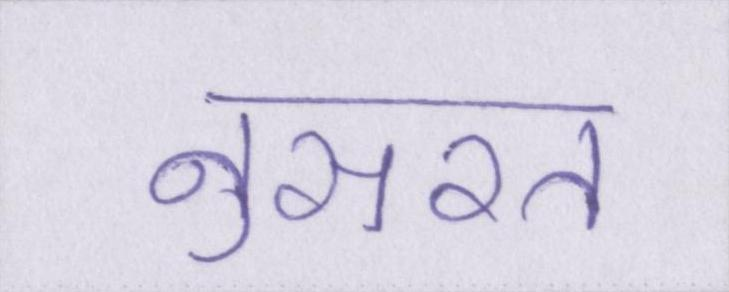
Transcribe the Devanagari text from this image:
नुसरत